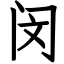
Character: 闵